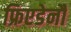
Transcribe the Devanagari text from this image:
फ्रिएडेनौ